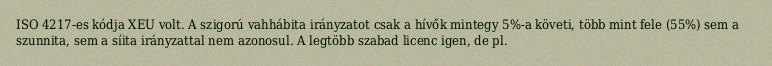
ISO 4217-es kódja XEU volt. A szigorú vahhábita irányzatot csak a hívők mintegy 5%-a követi, több mint fele (55%) sem a szunnita, sem a síita irányzattal nem azonosul. A legtöbb szabad licenc igen, de pl.